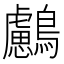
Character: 𪇸